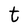
Character: t